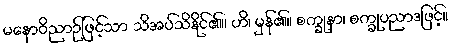
မနောဝိညာဉ်ဖြင့်သာ သိအပ်သိနိုင်၏။ ဟိ၊ မှန်၏။ စက္ခုနာ၊ စက္ခုပညာဒဖြင့်။